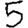
Digit: 5